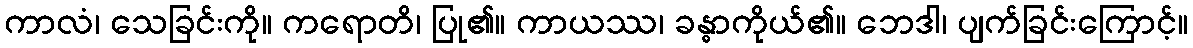
ကာလံ၊ သေခြင်းကို။ ကရောတိ၊ ပြု၏။ ကာယဿ၊ ခန္ဓာကိုယ်၏။ ဘေဒါ၊ ပျက်ခြင်းကြောင့်။